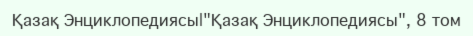
Қазақ Энциклопедиясы|"Қазақ Энциклопедиясы", 8 том